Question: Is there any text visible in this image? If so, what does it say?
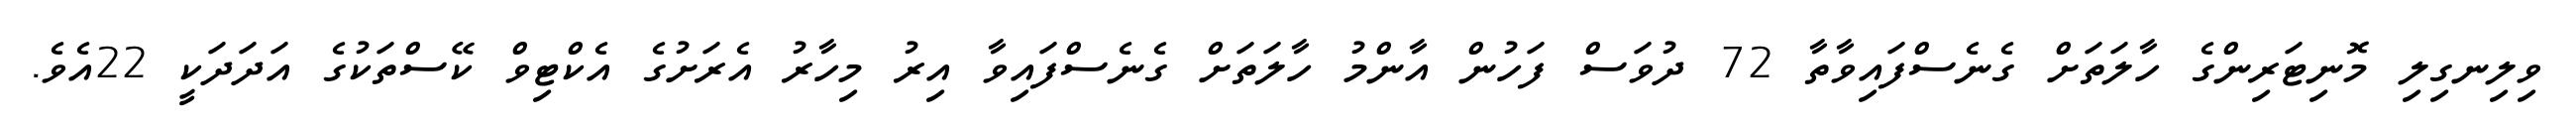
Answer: ވިލިނގިލި މޮނިޓަރިންގެ ހާލަތަށް ގެނެސްފައިވާތާ 72 ދުވަސް ފަހުން އާންމު ހާލަތަށް ގެނެސްފައިވާ އިރު މިހާރު އެރަށުގެ އެކްޓިވް ކޭސްތަކުގެ އަދަދަކީ 22އެވެ.